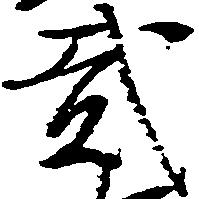
弐